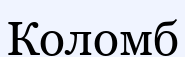
Коломб